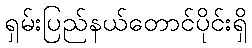
ရှမ်းပြည်နယ်တောင်ပိုင်းရှိ